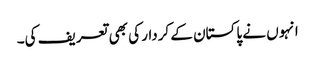
انہوں نے پاکستان کے کردار کی بھی تعریف کی۔